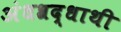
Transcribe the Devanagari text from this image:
अंधश्रद्धाथी